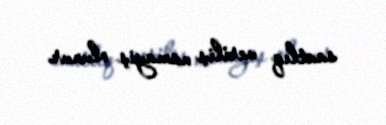
saatlıq veriliş nümayiş olunur.